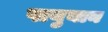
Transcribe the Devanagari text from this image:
पायुयान